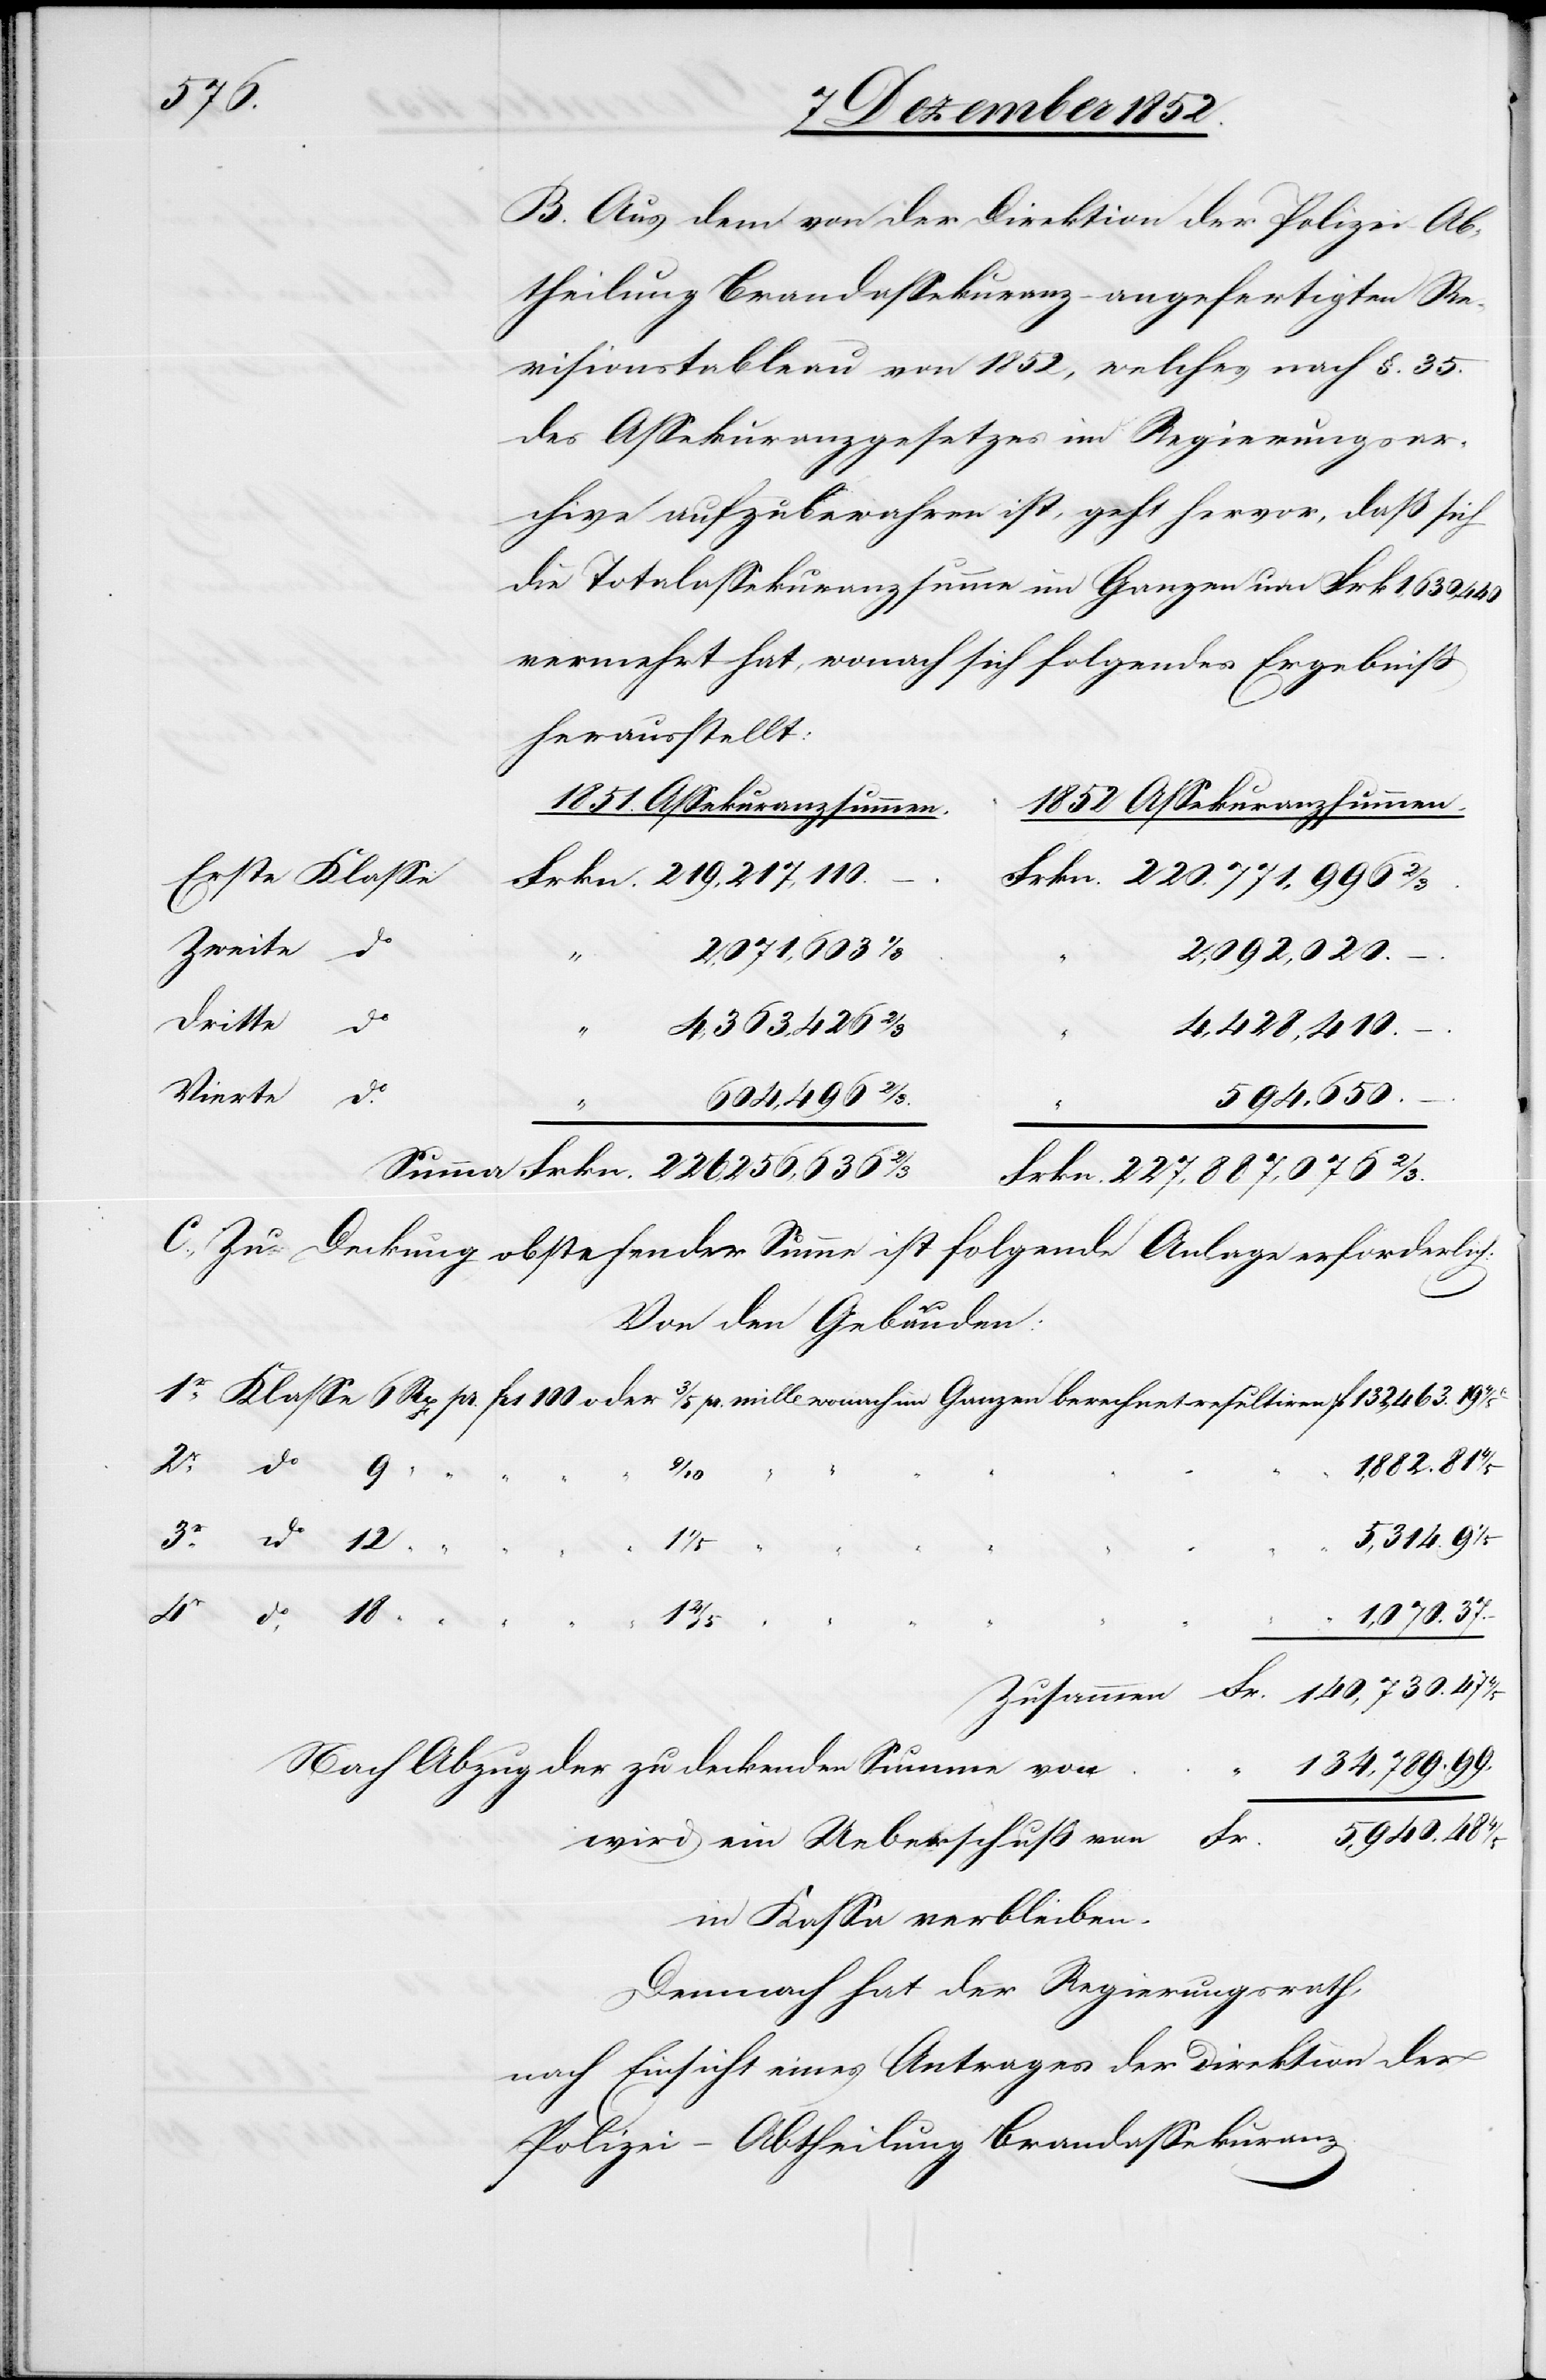
140,730.
B. Aus dem von der Direktion der Polizei – Ab¬
theilung Brandassekuranz – angefertigten Re¬
visionstableau von 1852, welches nach §. 35.
des Assekuranzgesetzes im Regierungsar¬
chive aufzubewahren ist, geht hervor, daß sich
die Totalassekuranzsumme im Ganzen um Frk 1,630,440
vermehrt hat, wonach sich folgendes Ergebniß
herausstellt:
1852 Assekuranzsummen.
1851. Assekuranzsummen.
Erste Klasse
Frkn. 219,217,110.
Frkn. 220,771,996 2/3.
Zweite do
2,071,603
Fr.
2,092,020.
–.
Dritte do
ein
von
Vierte do
594,650.
Frkn. 227,887,076 2/3.
C., Zu Deckung obstehender Summe ist folgende Anlage erforderlich:
Von den Gebäuden:
1,882. 81
do.
5,314. 9
5940.
“
48 4/5
“ “ “ “
1,070.
Nach Abzug der zu deckenden Summe von
134,789. 99.
in Kassa verbleiben.
Demnach hat der Regierungsrath,
nach Einsicht eines Antrages der Direktion der
Polizei – Abtheilung Brandassekuranz